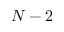
N - 2